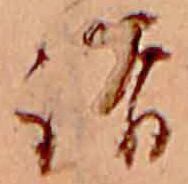
詣